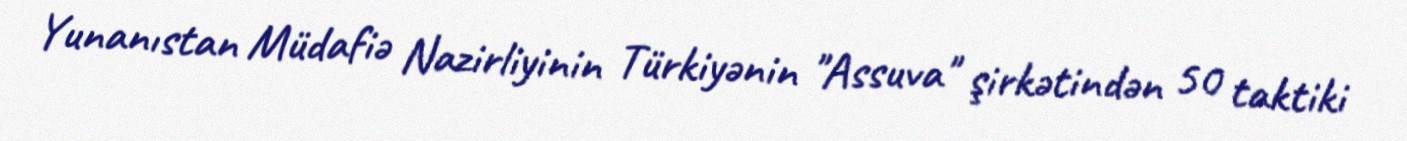
Yunanıstan Müdafiə Nazirliyinin Türkiyənin "Assuva" şirkətindən 50 taktiki